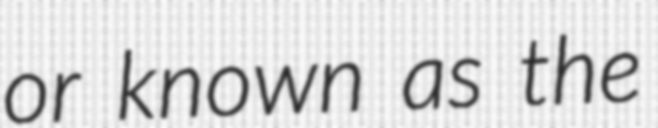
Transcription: or known as the